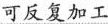
可反复加工